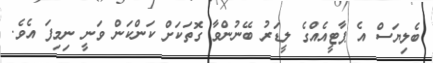
ބެލިޔަސް އެ ޕާޓީއެއްގެ ލީޑަރު ބޭނުންވާ ގޮތަކަށް ކަންކަން ވަނީ ނިމިފަ އެެވެ.